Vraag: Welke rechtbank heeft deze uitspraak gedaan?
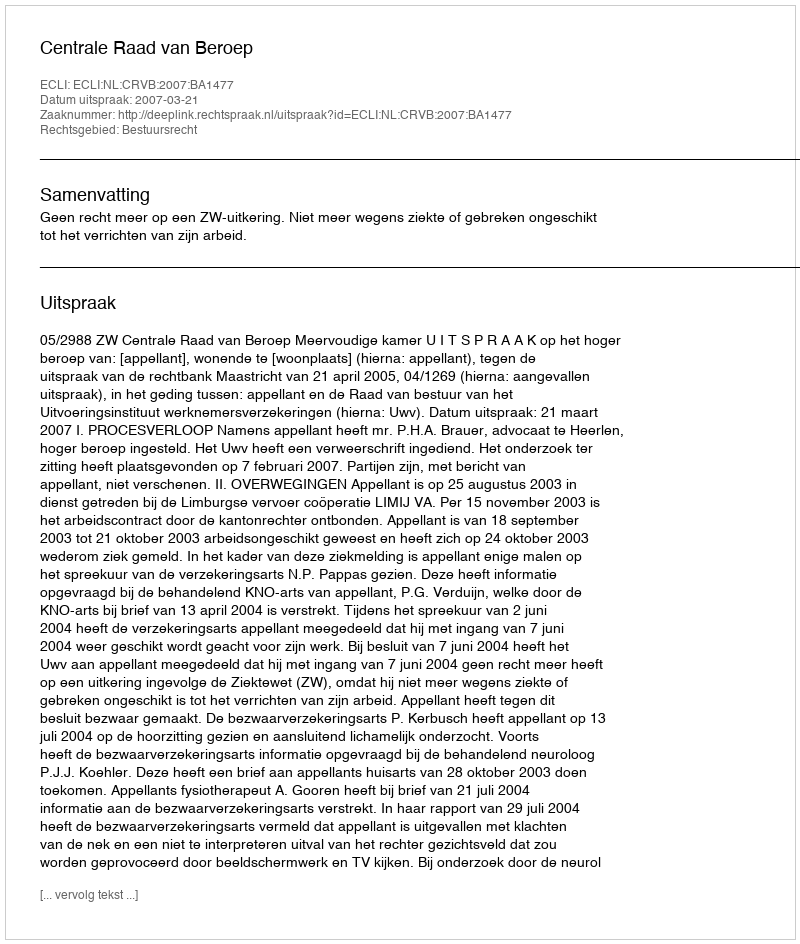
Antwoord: Centrale Raad van Beroep